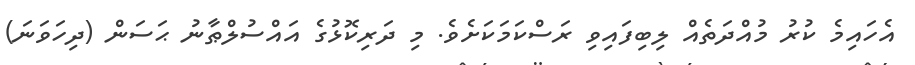
އެހައިމެ ކުރު މުއްދަތެއް ލިބިފައިވި ރަސްކަމަކަށެވެ. މި ދަރިކޮޅުގެ އައްސުލްޠާނު ޙަސަން (ދިހަވަނަ)